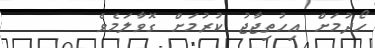
ހޯދުމަށް އިހުތިޖާޖު ކުރުމަށް ގޮވާލަމެވެ